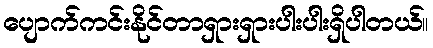
ပျောက်ကင်းနိုင်တာရှားရှားပါးပါးရှိပါတယ်။